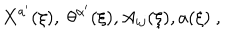
X ^ { a ^ { \prime } } ( \xi ) , \; \theta ^ { \alpha ^ { \prime } } ( \xi ) , A _ { i j } ( \xi ) , a ( \xi ) \ ,